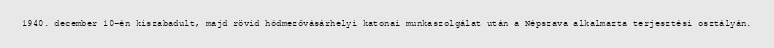
1940. december 10-én kiszabadult, majd rövid hódmezővásárhelyi katonai munkaszolgálat után a Népszava alkalmazta terjesztési osztályán.